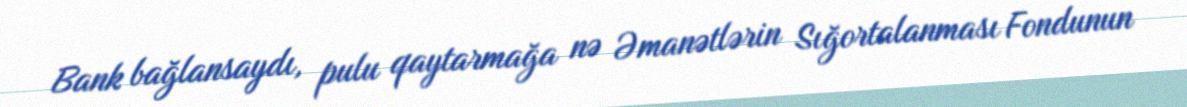
Bank bağlansaydı, pulu qaytarmağa nə Əmanətlərin Sığortalanması Fondunun